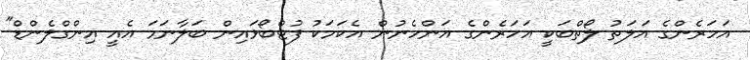
އަހަރެންގެ އަލަތު ލޯތްބަކީ އަހަރެންގެ އަންހެނުން އެކަމަކު ފުޓްބޯޅައިން ބަލާނަމަ އެއީ އިންގްލެންޑް"